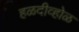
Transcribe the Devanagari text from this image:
हळदीव्होळ